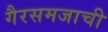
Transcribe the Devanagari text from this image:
गैरसमजाची